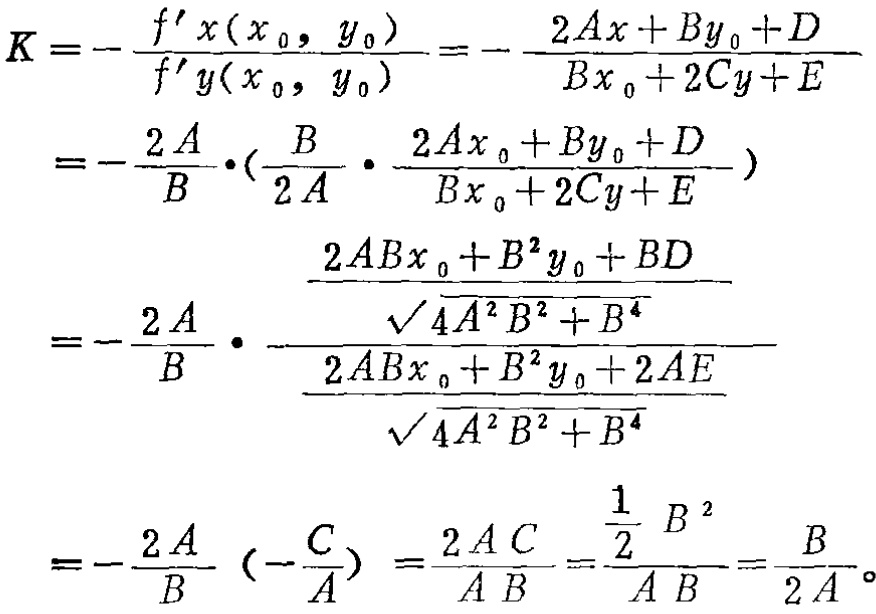
\[
\begin{align*}
K&=-\frac{f'x(x_0,y_0)}{f'y(x_0,y_0)}=-\frac{2Ax + By_0+D}{Bx_0 + 2Cy+E}\\
&=-\frac{2A}{B}\cdot(\frac{B}{2A}\cdot\frac{2Ax_0 + By_0+D}{Bx_0 + 2Cy+E})\\
&=-\frac{2A}{B}\cdot\frac{\frac{2ABx_0 + B^2y_0+BD}{\sqrt{4A^2B^2 + B^4}}}{\frac{2ABx_0 + B^2y_0+2AE}{\sqrt{4A^2B^2 + B^4}}}\\
&=-\frac{2A}{B}(-\frac{C}{A})=\frac{2AC}{AB}=\frac{\frac{1}{2}B^2}{AB}=\frac{B}{2A}。
\end{align*}
\]